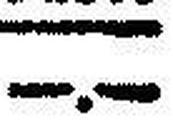
—.—